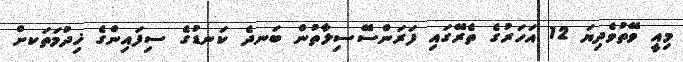
މިއީ ވޭތުވެދިޔަ 12 އަހަރުގެ ތެރޭގައި ފަރަންސޭސިލާތުން ބަނދެ ކަނޑުގެ ސިފައިންގެ ޚިދުމަތަކށް